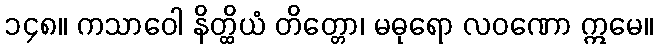
၁၄၈။ ကသာဝေါ နိတ္ထိယံ တိတ္တော၊ မဓုရော လဝဏော ဣမေ။